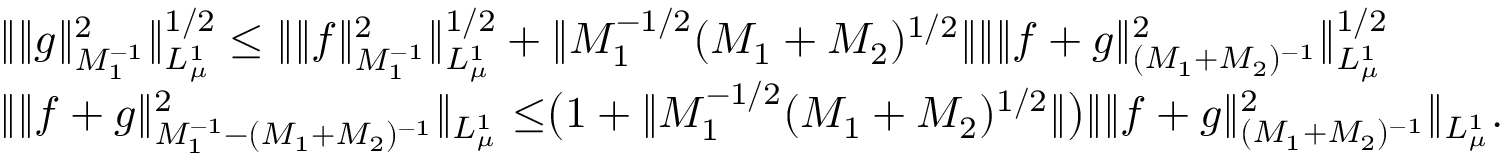
\begin{array} { r l } & { \Vert \Vert g \Vert _ { M _ { 1 } ^ { - 1 } } ^ { 2 } \Vert _ { L _ { \mu } ^ { 1 } } ^ { 1 / 2 } \leq \Vert \Vert f \Vert _ { M _ { 1 } ^ { - 1 } } ^ { 2 } \Vert _ { L _ { \mu } ^ { 1 } } ^ { 1 / 2 } + \Vert M _ { 1 } ^ { - 1 / 2 } ( M _ { 1 } + M _ { 2 } ) ^ { 1 / 2 } \Vert \Vert \Vert f + g \Vert _ { ( M _ { 1 } + M _ { 2 } ) ^ { - 1 } } ^ { 2 } \Vert _ { L _ { \mu } ^ { 1 } } ^ { 1 / 2 } } \\ & { \Vert \Vert f + g \Vert _ { M _ { 1 } ^ { - 1 } - ( M _ { 1 } + M _ { 2 } ) ^ { - 1 } } ^ { 2 } \Vert _ { L _ { \mu } ^ { 1 } } \leq \bigr ( 1 + \Vert M _ { 1 } ^ { - 1 / 2 } ( M _ { 1 } + M _ { 2 } ) ^ { 1 / 2 } \Vert \bigr ) \Vert \Vert f + g \Vert _ { ( M _ { 1 } + M _ { 2 } ) ^ { - 1 } } ^ { 2 } \Vert _ { L _ { \mu } ^ { 1 } } . } \end{array}